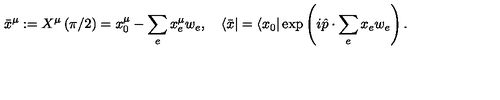
\bar { x } ^ { \mu } : = X ^ { \mu } \left( \pi / 2 \right) = x _ { 0 } ^ { \mu } - \sum _ { e } x _ { e } ^ { \mu } w _ { e } , \quad \langle \bar { x } | = \langle x _ { 0 } | \exp \left( i \hat { p } \cdot \sum _ { e } x _ { e } w _ { e } \right) .